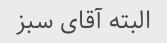
البته آقای سبز